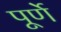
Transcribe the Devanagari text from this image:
पूर्णे